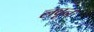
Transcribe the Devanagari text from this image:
लवून